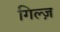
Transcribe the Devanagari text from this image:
गिल्ज़